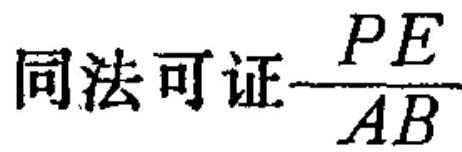
同法可证\(\frac{PE}{AB}\)